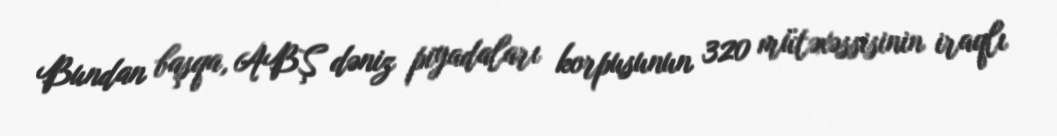
Bundan başqa, ABŞ dəniz piyadaları korpusunun 320 mütəxəssisinin iraqlı